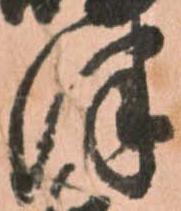
津